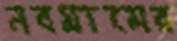
নবগ্রামের